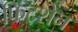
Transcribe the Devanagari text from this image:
फिटशेन